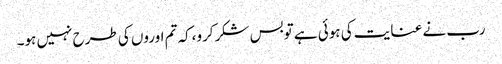
رب نے عنایت کی ہوئی ہے توبس شکرکرو،کہ تم اوروں کی طرح نہیں ہو۔